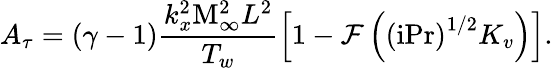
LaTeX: A_{\tau}=\left(\gamma-1\right)\frac{k_{x}^{2}\mathrm{M}_{\infty}^{2}L^{2}}{T_{w}}\left[1-\mathcal{F}\left(\left(\mathrm{i}\mathrm{Pr}\right)^{1/2}K_{v}\right)\right].